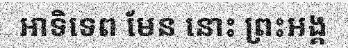
អាទិទេព មែន នោះ ព្រះអង្គ